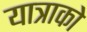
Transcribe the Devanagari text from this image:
यात्राको